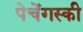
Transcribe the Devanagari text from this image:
पेचेंगस्की